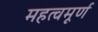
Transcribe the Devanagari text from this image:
महत्वमूर्ण